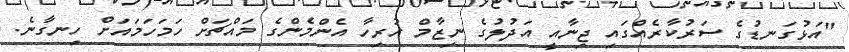
"އަޅުގަނޑުގެ ސަރުކާރެއްގައި ޖިނާއީ އަދުލުގެ ނިޒާމް ހުރިހާ އެންމެންގެ މައްޗަށް ހަމަހަމައަށް ހިނގާނެ.